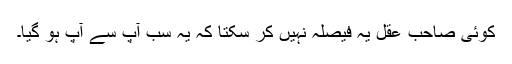
کوئی صاحبِ عقل یہ فیصلہ نہیں کر سکتا کہ یہ سب آپ سے آپ ہو گیا۔